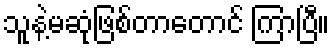
သူနဲ့မဆုံဖြစ်တာတောင် ကြာပြီ။